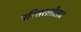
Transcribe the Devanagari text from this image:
परिसरातीलच